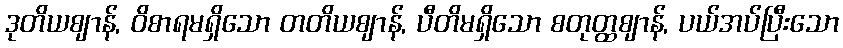
ဒုတိယဈာန်, ဝိစာရမရှိသော တတိယဈာန်, ပီတိမရှိသော စတုတ္ထဈာန်, ပယ်အပ်ပြီးသော